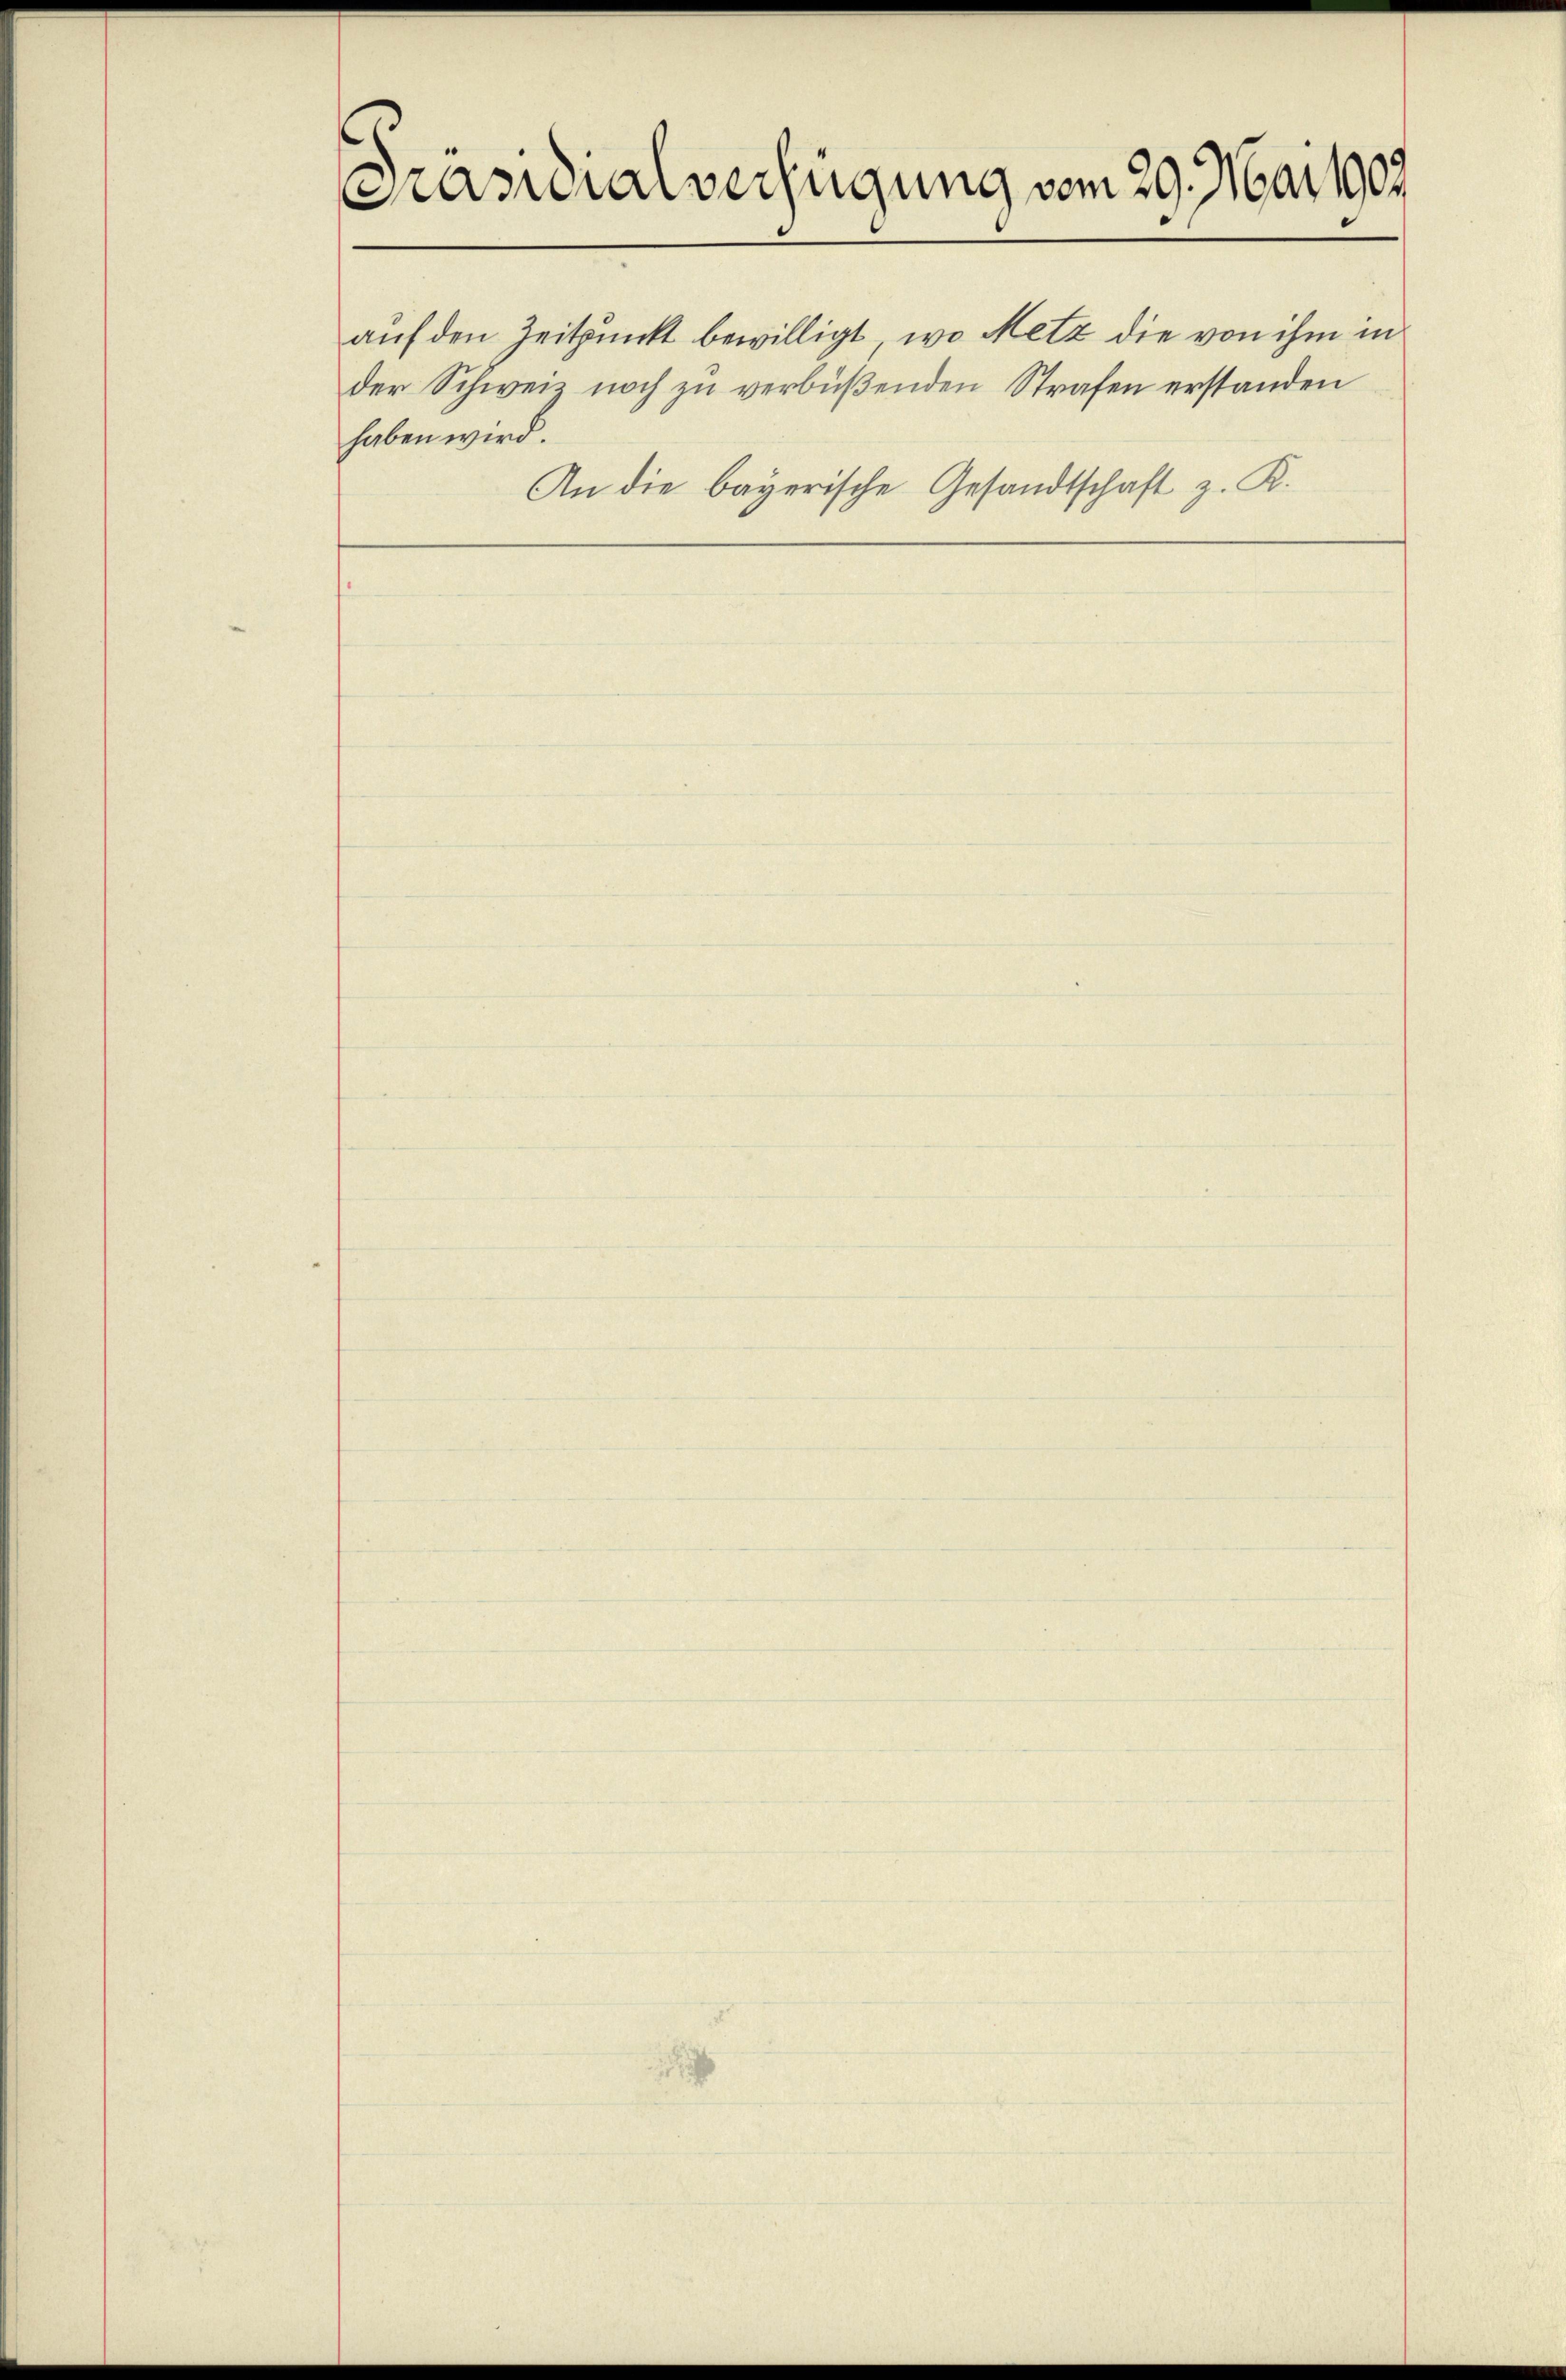
Präsidialverfügung vom 29. Mai 1909

auf den Zeitpunkt bewilligt, wo Metz die von ihm in
der Schweiz noch zu verbüßenden Strafen erstanden
haben wird.
An die bayerische Gesandtschaft z. K.